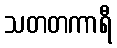
သတတကာရီ